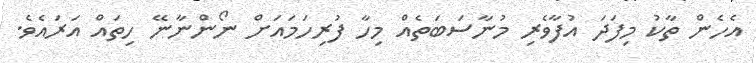
އެހެން ތާކު މިފަދަ އުފާވެރި މުނާސަބަތެއް މިހާ ފުރިހަމައަށް ނޯންނާނޭ ހިތައް އަރައެވެ.